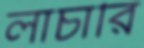
লাচারি